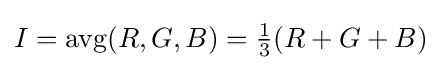
I=\operatorname {avg} (R,G,B)={\tfrac {1}{3}}(R+G+B)